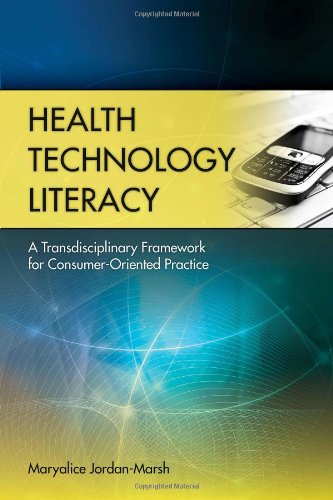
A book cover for Health Technology Literacy: A Transdisciplinary Framework For Consumer-Oriented Practice; Maryalice Jordan-Marsh; Medical Books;